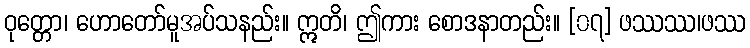
ဝုတ္တော၊ ဟောတော်မူအပ်သနည်း။ ဣတိ၊ ဤကား စောဒနာတည်း။ [၀၇] ဖဿဿ၊ဖဿ